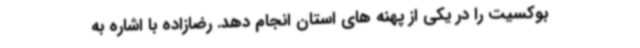
بوکسیت را در یکی از پهنه های استان انجام دهد. رضازاده با اشاره به